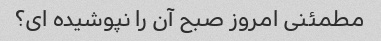
مطمئنی امروز صبح آن را نپوشیده ای؟